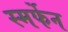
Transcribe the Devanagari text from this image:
स्मर्फेन